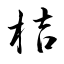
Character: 桔